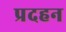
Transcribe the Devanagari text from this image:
प्रदहन